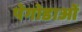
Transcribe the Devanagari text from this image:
पेगोडाओं